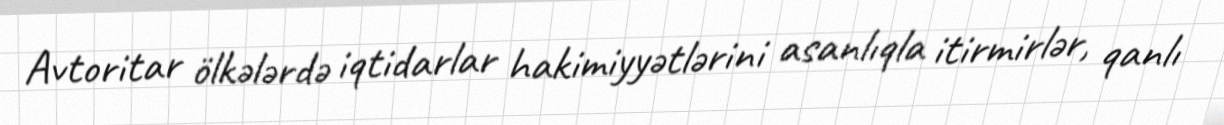
Avtoritar ölkələrdə iqtidarlar hakimiyyətlərini asanlıqla itirmirlər, qanlı